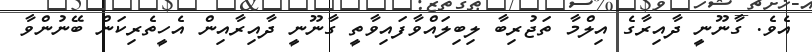
އެވެ. ގާނޫނީ ދާއިރާގެ އިލްމާ ތަޖުރިބާ ލިބިލައްވާފައިވާތީ ގާނޫނީ ދާއިރާއިން އެހީތެރިކަން ބޭނުންވާ